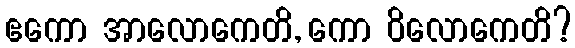
ဧကော အာလောကေတိ, ကော ဝိလောကေတိ?